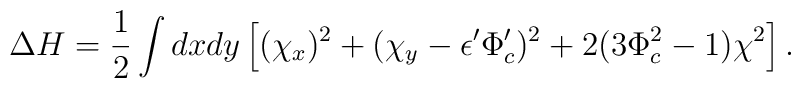
\Delta H=\frac{1}{2}\int dx dy\left[(\chi_x)^2+(\chi_y-\epsilon'\Phi_c')^2+2(3\Phi_c^2-1)\chi^2\right].